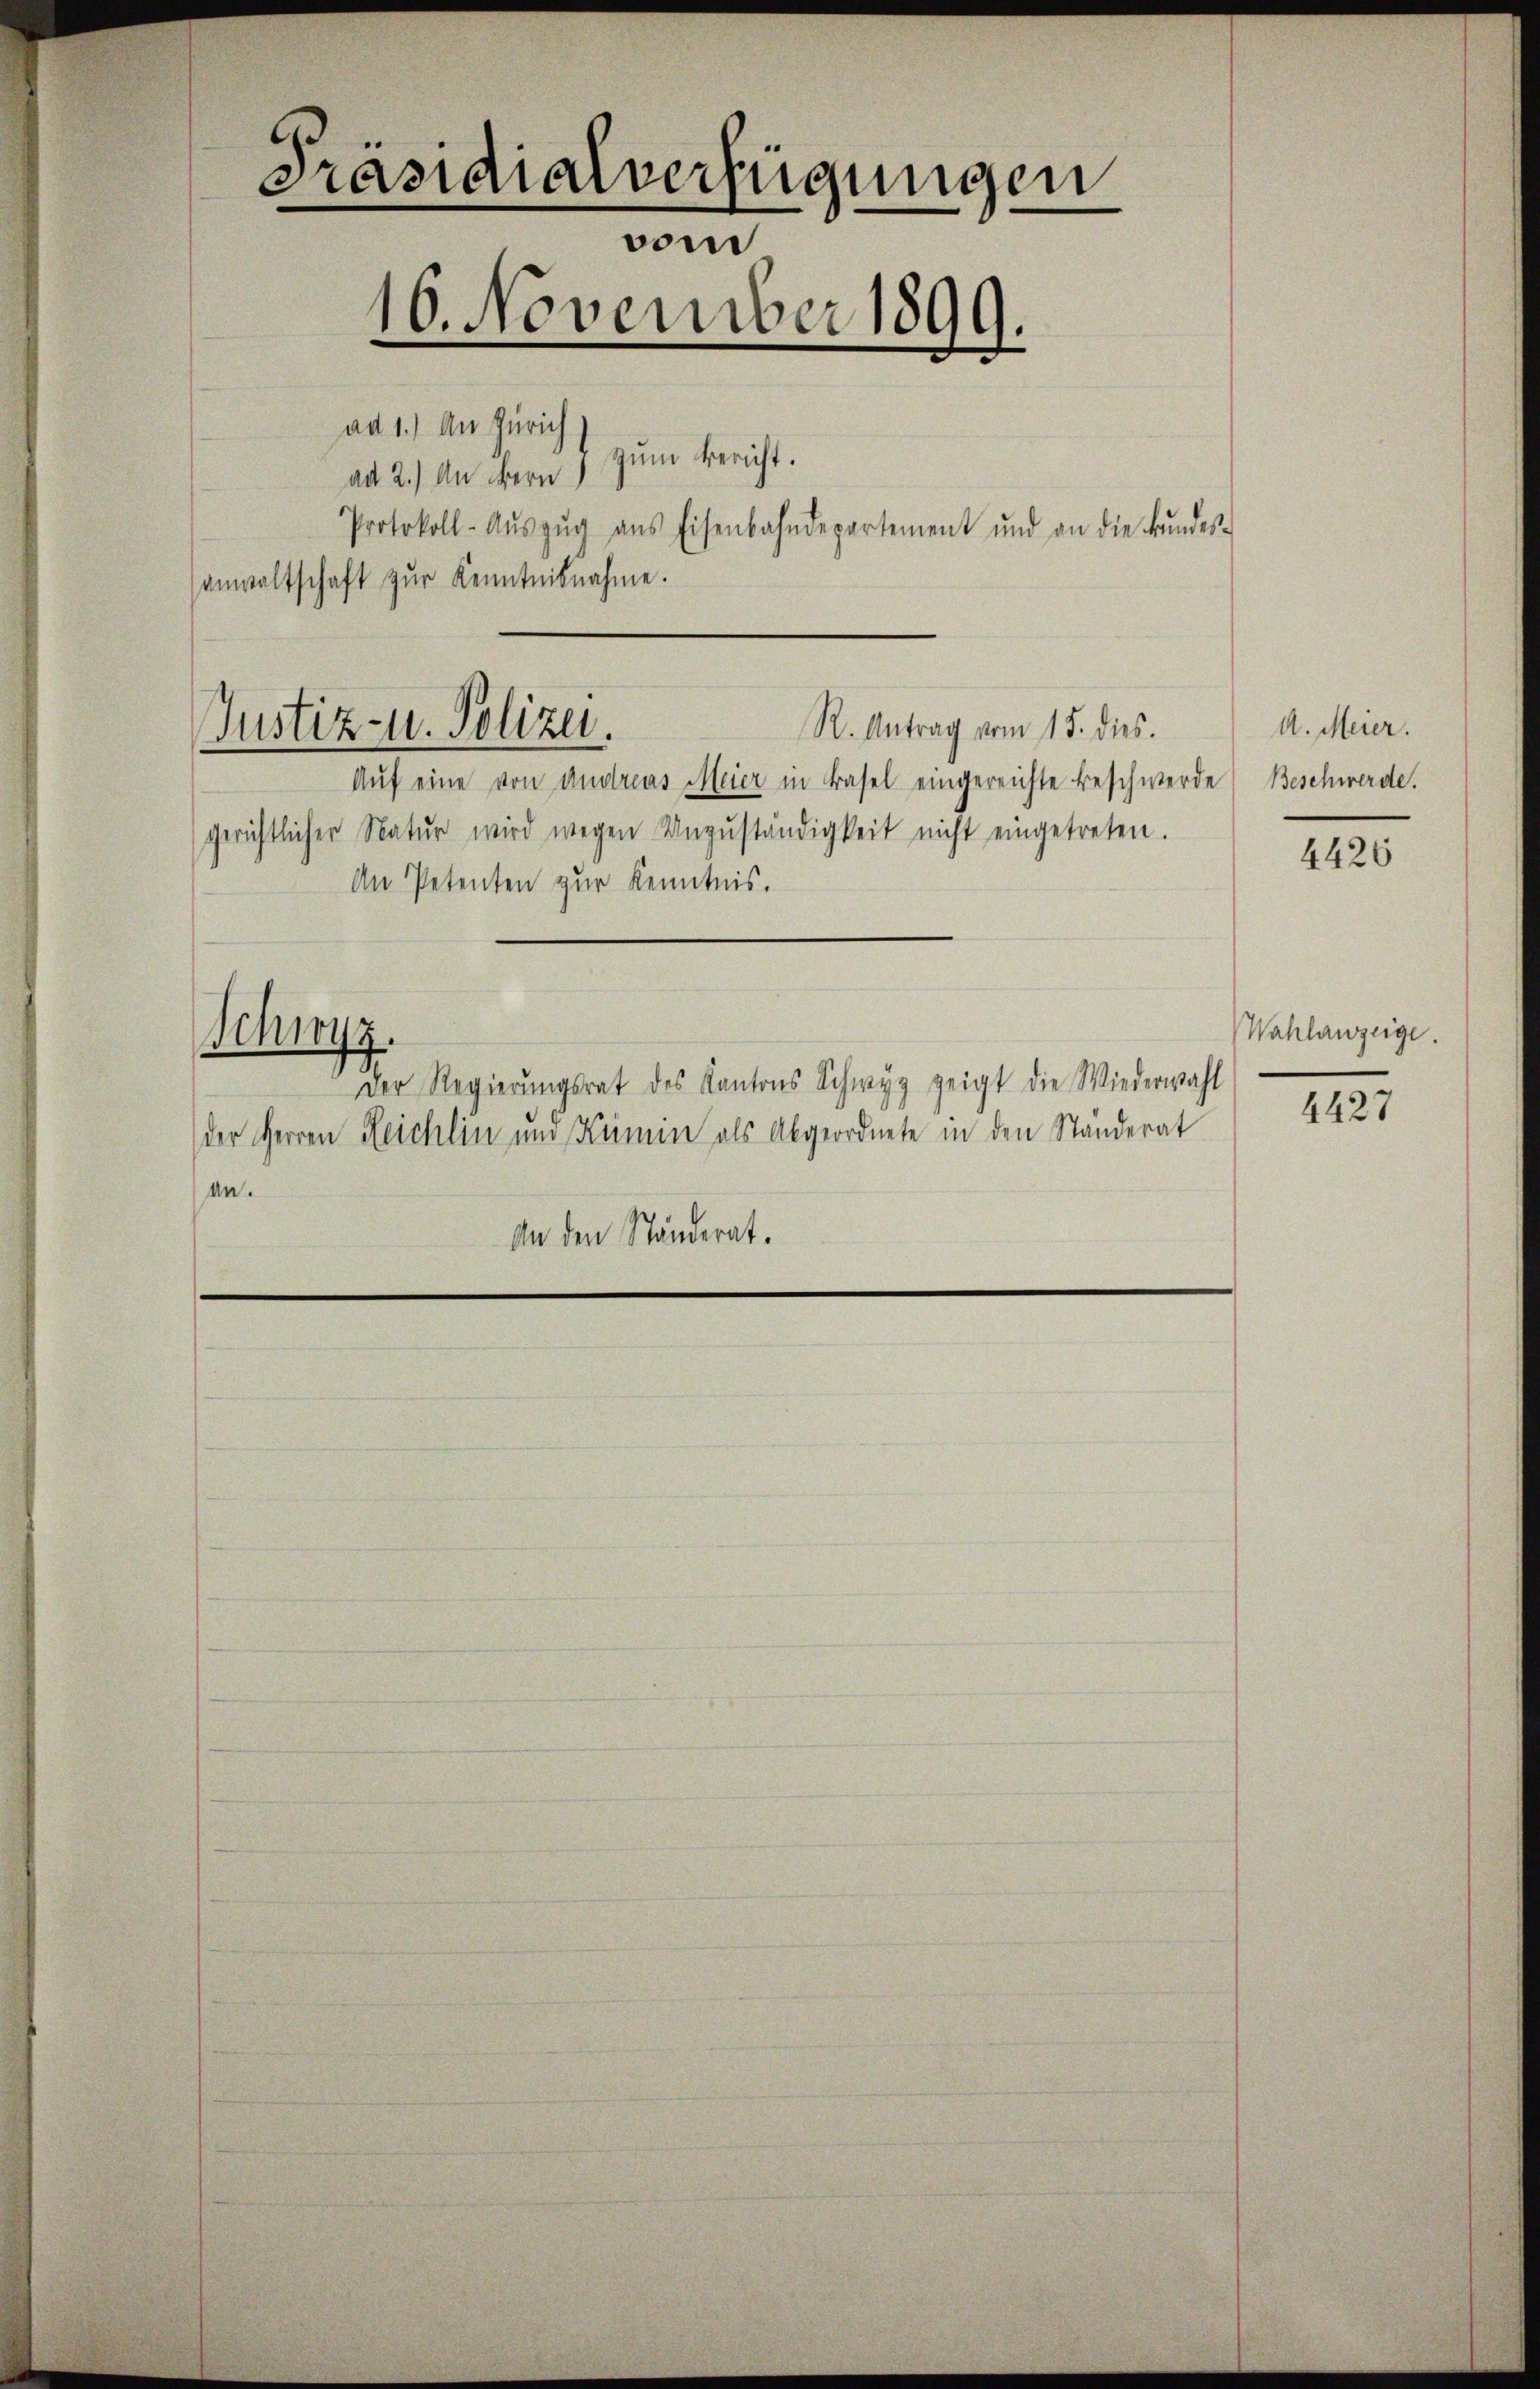
Präsidialverfügungen
vom
16. November 1899

.
ad 1.) An Zürich
zum Bericht.
ad 2.) An Herrn
Protokoll-Aŭszŭg ans Eisenbahndepartement und an die Bŭndes-
anwaltschaft zŭr Kenntnisnahme.

R. Antrag vom 15. dies.
Justiz- u. Polizei.

Auf eine von Andreas Meier in Basel eingereichte Beschwerde
gerichtlicher Natŭr wird wegen Unzŭständigkeit nicht eingetreten.
An Petenten zur Kenntnis.
Schwyz.
Der Regierŭngsrat des Kantons Schwyz zeigt die Wiederwahl
der Herren Reichlin und Kümin als Abgeordnete in den Ständerat
an.
An den Ständerat.

A. Meier.
Beschwerde.

4426

Wahlanzeige.
4427